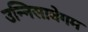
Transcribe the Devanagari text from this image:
उन्निसाबेगम